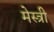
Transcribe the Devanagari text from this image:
मेस्‍त्री